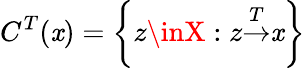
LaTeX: C^{T}{(\mathit{x})}=\left\{ z\inX:z{\overset{T}{\rightarrow}}\mathit{x}\right\}